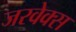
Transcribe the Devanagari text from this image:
जरवेक्स